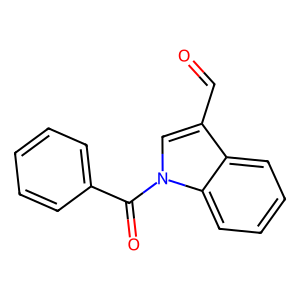
SMILES: O=Cc1cn(C(=O)c2ccccc2)c2ccccc12
Inhibits HIV replication: No